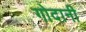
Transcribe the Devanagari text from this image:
गोदानी